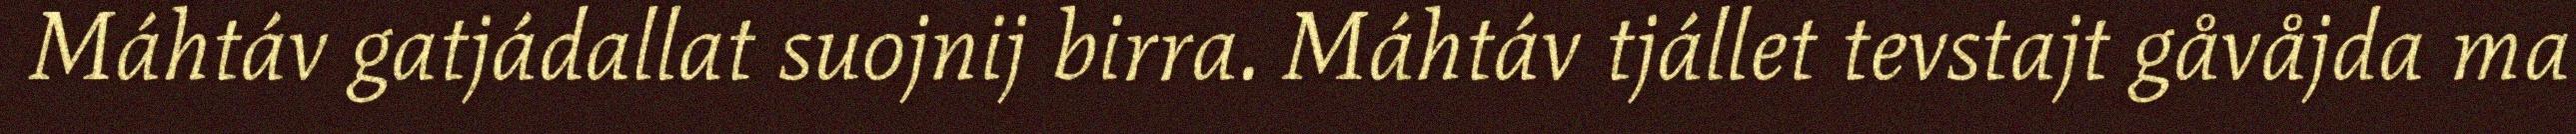
Máhtáv gatjádallat suojnij birra. Máhtáv tjállet tevstajt gåvåjda ma